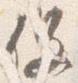
役